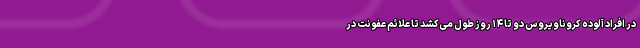
در افراد آلوده کروناویروس دو تا ۱۴ روز طول می‌کشد تا علائم عفونت در